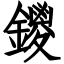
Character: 鑁